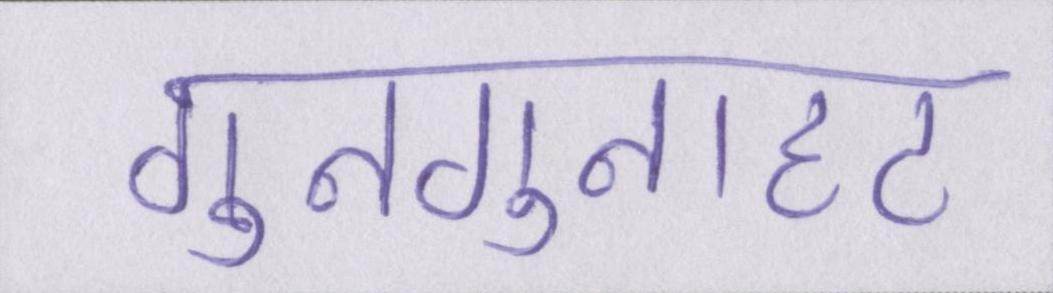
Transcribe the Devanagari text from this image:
गुनगुनाहट